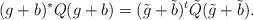
LaTeX: \begin{align*} (g+b)^*Q(g+b) = (\tilde{g}+\tilde{b})^t\tilde{Q}(\tilde{g}+\tilde{b}).\end{align*}